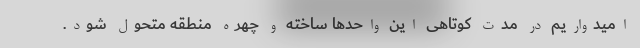
امیدواریم در مدت کوتاهی این واحدها ساخته و چهره منطقه متحول شود.